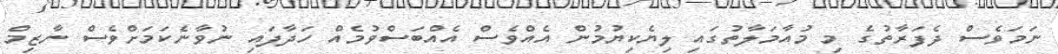
ނަމަވެސް ދެފަރާތުގެ މި މުއާމަލާތުގައި ލިޔެކިޔުމުން އެއްވެސް އެއްބަސްވުމެއް ހަދާފައި ނުވާނެކަމަށްވެސް ނާޒިމް